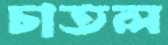
চাতল